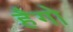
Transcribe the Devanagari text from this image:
हैगो